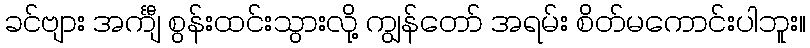
ခင်ဗျား အင်္ကျီ စွန်းထင်းသွားလို့ ကျွန်တော် အရမ်း စိတ်မကောင်းပါဘူး။